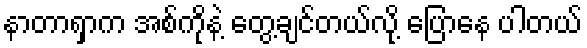
နာတာရှာက အစ်ကိုနဲ့ တွေ့ချင်တယ်လို့ ပြောနေ ပါတယ်